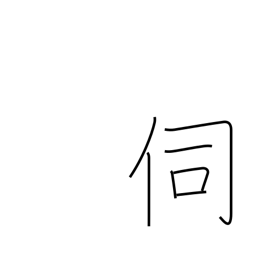
Meaning: question